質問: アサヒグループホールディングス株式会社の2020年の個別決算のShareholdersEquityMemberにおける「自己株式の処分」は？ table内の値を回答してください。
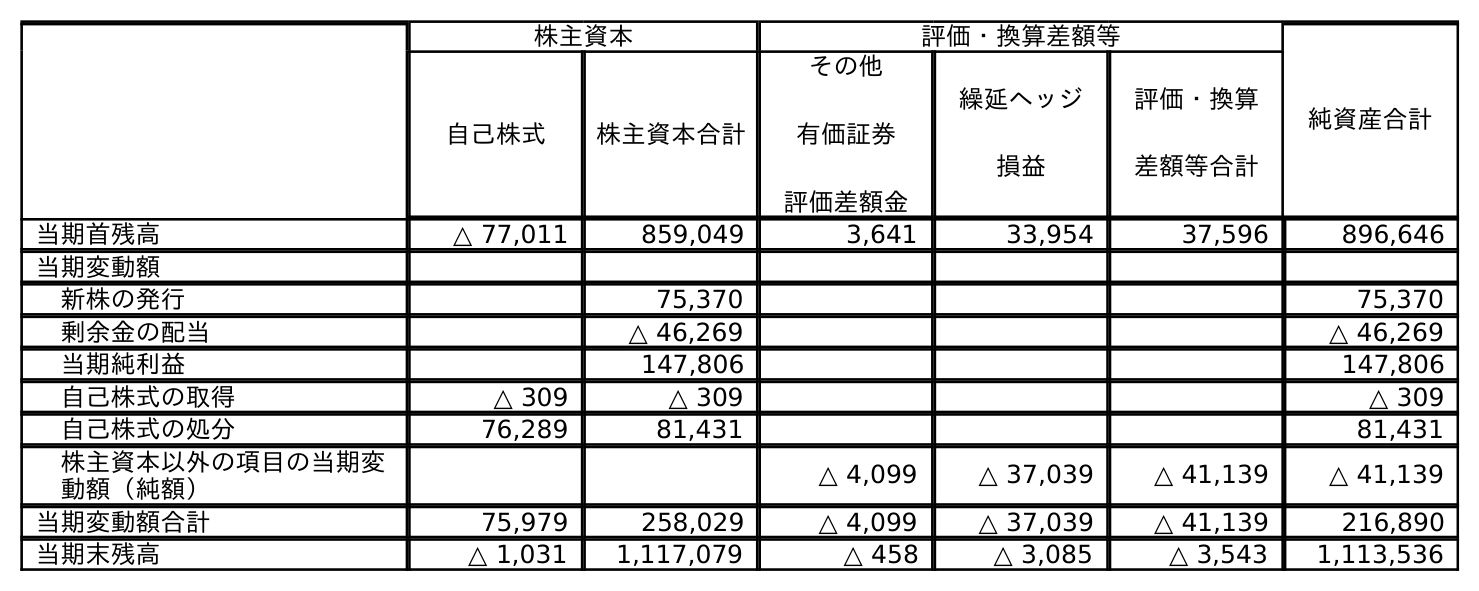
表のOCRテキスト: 株主資本 評価・換算差額等 純資産合計 自己株式 株主資本合計 その他 有価証券 評価差額金 繰延ヘッジ 損益 評価・換算 差額等合計 当期首残高 △ 77,011 859,049 3,641 33,954 37,596 896,646 当期変動額 新株の発行 75,370 75,370 剰余金の配当 △ 46,269 △ 46,269 当期純利益 147,806 147,806 自己株式の取得 △ 309 △ 309 △ 309 自己株式の処分 76,289 81,431 81,431 株主資本以外の項目の当期変 動額（純額） △ 4,099 △ 37,039 △ 41,139 △ 41,139 当期変動額合計 75,979 258,029 △ 4,099 △ 37,039 △ 41,139 216,890 当期末残高 △ 1,031 1,117,079 △ 458 △ 3,085 △ 3,543 1,113,536
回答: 81,431